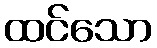
ထင်သော